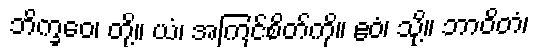
ဘိက္ခဝေ၊ တို့။ ယံ၊ အကြင်စိတ်ကို။ ဧဝံ၊ သို့။ ဘာဝိတံ၊